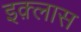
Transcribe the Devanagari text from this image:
इक़्लास